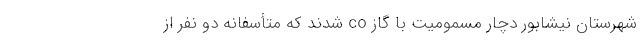
شهرستان نیشابور دچار مسمومیت با گاز co شدند که متأسفانه دو نفر از